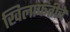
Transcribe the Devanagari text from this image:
खिलाफतीचे